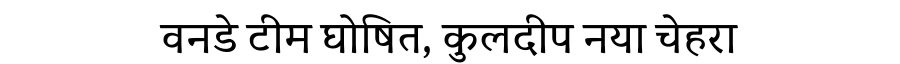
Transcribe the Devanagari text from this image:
वनडे टीम घोषित, कुलदीप नया चेहरा